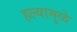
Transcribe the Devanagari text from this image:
हल्यामुळे